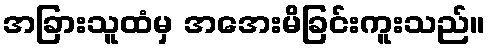
အခြားသူထံမှ အအေးမိခြင်းကူးသည်။